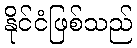
နိုင်ငံဖြစ်သည်